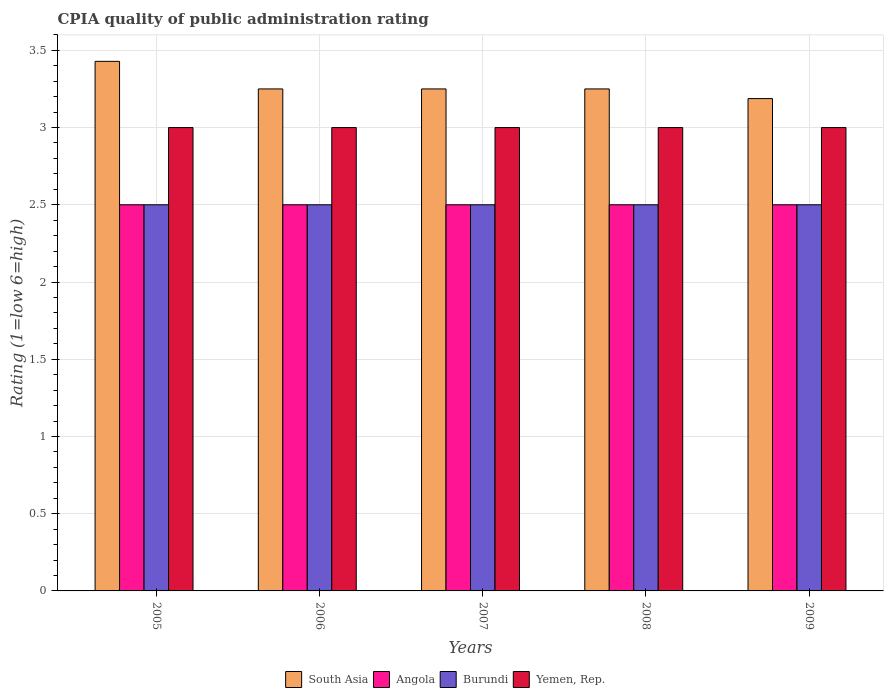
| Years | South Asia | Angola | Burundi | Yemen, Rep. |
 | --- | --- | --- | --- | --- |
 | 2005 | 3.43 | 2.5 | 2.5 | 3 |
 | 2006 | 3.25 | 2.5 | 2.5 | 3 |
 | 2007 | 3.25 | 2.5 | 2.5 | 3 |
 | 2008 | 3.25 | 2.5 | 2.5 | 3 |
 | 2009 | 3.19 | 2.5 | 2.5 | 3 |